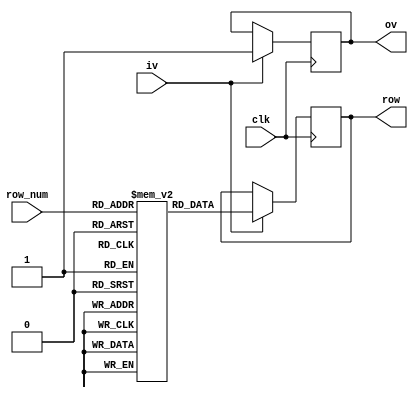
module dram(clk,iv,row_num,ov,row);
input clk,iv;
input [3:0] row_num;
output reg[31:0] row;
output reg ov;

reg [3:0] open_row;
reg [31:0] bank [0:15];

initial begin
open_row <=4'bz;
ov = 0;
bank[0] <=0;
bank[1] <=1;
bank[2] <=2;
bank[3] <=3;
bank[4] <=4;
bank[5] <=5;
bank[6] <=6;
bank[7] <=7;
bank[8] <=8;
bank[9] <=9;
bank[10] <=10;
bank[11] <=11;
bank[12] <=12;
bank[13] <=13;
bank[14] <=14;
bank[15] <=15;
end

always@(posedge clk) begin
 if(iv==1)begin
  if(open_row === 4'bz)begin// row miss
   open_row <= row_num;
   ov <= 0;
   row<=#10 bank[row_num];
   ov <= #10 1;
   //ov<=#20 0;
   end
  else if(open_row === row_num)begin // row hit
   row <= bank[row_num];
   ov <=1;
   end
  else begin // row conflict
   open_row<= row_num;
   ov<=0;
   row<=#20 bank[row_num];
   ov <= #20 1;
   end
  end
 end
 
endmodule